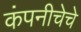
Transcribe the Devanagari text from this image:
कंपनीचेचे